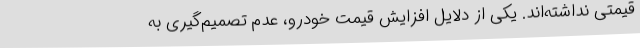
قیمتی نداشته‌اند. یکی از دلایل افزایش قیمت خودرو، عدم تصمیم‌گیری به